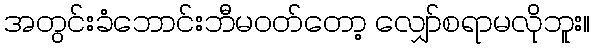
အတွင်းခံဘောင်းဘီမဝတ်တော့ လျှော်စရာမလိုဘူး။